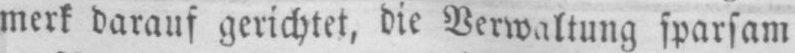
merk darauf gerichtet, die Verwaltung sparsam